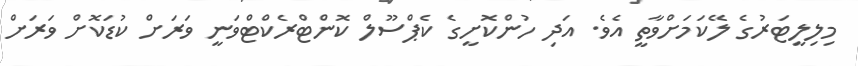
މިލިލީޓަރުގެ ލޭކަމަށްވާތީ އެވެ. އަދި ހުންކޮށީގެ ކެޕްސޫލް ކޮންޓްރެކްޓްވަނީ ވަރަށް ކުޑަކޮށް ވަރަށް